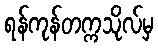
ရန်ကုန်တက္ကသိုလ်မှ